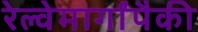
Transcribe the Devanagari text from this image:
रेल्वेमार्गांपैकी